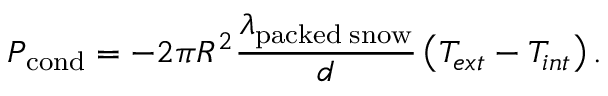
P _ { \mathrm { c o n d } } = - 2 \pi R ^ { 2 } \frac { \lambda _ { \mathrm { p a c k e d \; s n o w } } } { d } \left( T _ { e x t } - T _ { i n t } \right) .